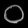
Digit: ၀